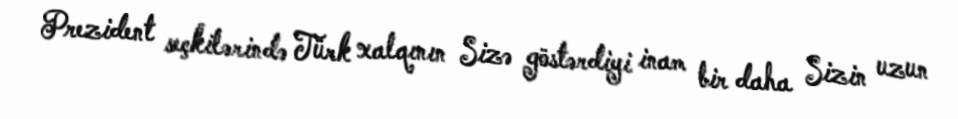
Prezident seçkilərində Türk xalqının Sizə göstərdiyi inam bir daha Sizin uzun